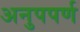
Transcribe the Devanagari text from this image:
अनुपपर्ण